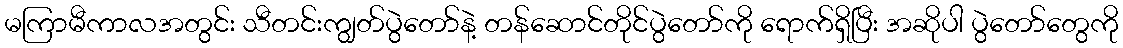
မကြာမီကာလအတွင်း သီတင်းကျွတ်ပွဲတော်နဲ့ တန်ဆောင်တိုင်ပွဲတော်ကို ရောက်ရှိပြီး အဆိုပါ ပွဲတော်တွေကို